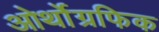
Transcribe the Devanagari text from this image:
ओर्थोग्रफिक